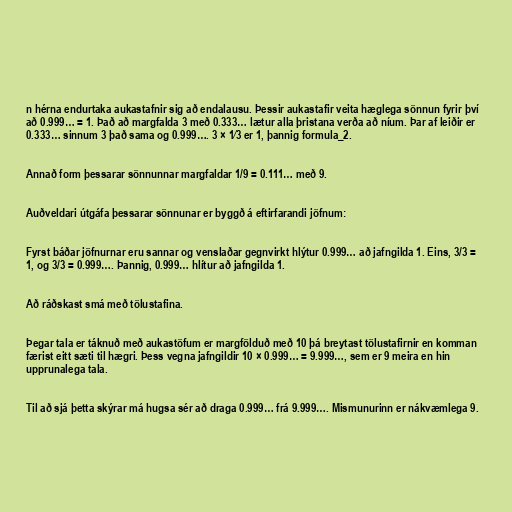
n hérna endurtaka aukastafnir sig að endalausu. Þessir aukastafir veita hæglega sönnun fyrir því
að 0.999… = 1. Það að margfalda 3 með 0.333… lætur alla þristana verða að níum. Þar af leiðir er
0.333… sinnum 3 það sama og 0.999…. 3 × 1⁄3 er 1, þannig formula_2.

Annað form þessarar sönnunnar margfaldar 1/9 = 0.111… með 9.

Auðveldari útgáfa þessarar sönnunar er byggð á eftirfarandi jöfnum:

Fyrst báðar jöfnurnar eru sannar og venslaðar gegnvirkt hlýtur 0.999… að jafngilda 1. Eins, 3/3 =
1, og 3/3 = 0.999…. Þannig, 0.999… hlítur að jafngilda 1.

Að ráðskast smá með tölustafina.

Þegar tala er táknuð með aukastöfum er margfölduð með 10 þá breytast tölustafirnir en komman
færist eitt sæti til hægri. Þess vegna jafngildir 10 × 0.999… = 9.999…, sem er 9 meira en hin
upprunalega tala.

Til að sjá þetta skýrar má hugsa sér að draga 0.999… frá 9.999…. Mismunurinn er nákvæmlega 9.